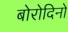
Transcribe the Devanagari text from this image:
बोरोदिनो